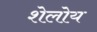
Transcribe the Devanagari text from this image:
शेलोय